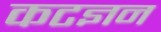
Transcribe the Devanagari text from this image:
कटज्ञन